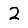
Digit: 2